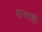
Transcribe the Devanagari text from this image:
सालावीं